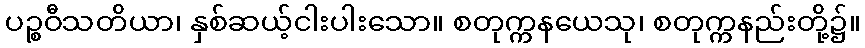
ပဉ္စဝီသတိယာ၊ နှစ်ဆယ့်ငါးပါးသော။ စတုက္ကနယေသု၊ စတုက္ကနည်းတို့၌။